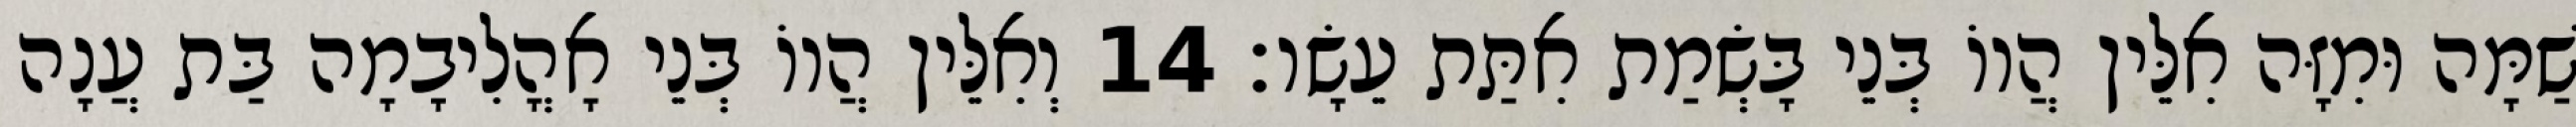
שַׁמָּה וּמִזָּה אִלֵּין הֲווֹ בְּנֵי בָּשְׂמַת אִתַּת עֵשָׂו׃ 14 וְאִלֵּין הֲווֹ בְּנֵי אָהֳלִיבָמָה בַּת עֲנָה